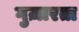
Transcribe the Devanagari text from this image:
गुज़ारता